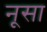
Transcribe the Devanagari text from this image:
नूसा